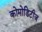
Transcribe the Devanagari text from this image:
कोमोडिटीज